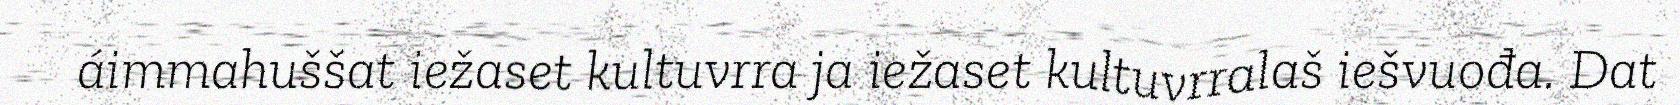
áimmahuššat iežaset kultuvrra ja iežaset kultuvrralaš iešvuođa. Dat